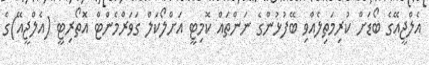
އެލްޖީއޭގެ ބޯޑަށް ކުރިމަތިލެއްވި ބޭފުޅުންގެ ނަންތައް ކޮމިޓީ އަށްލޯކަލް ގަވަރްމެންޓް އޮތޯރިޓީ (އެލްޖީއޭ)ގެ